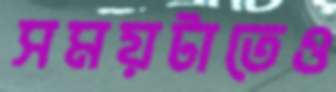
সময়টাতেও